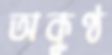
অকুণ্ঠ